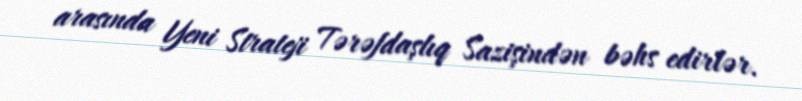
arasında Yeni Strateji Tərəfdaşlıq Sazişindən bəhs edirlər.